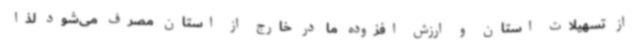
از تسهیلات استان و ارزش افزوده ما در خارج از استان مصرف می‌شود لذا